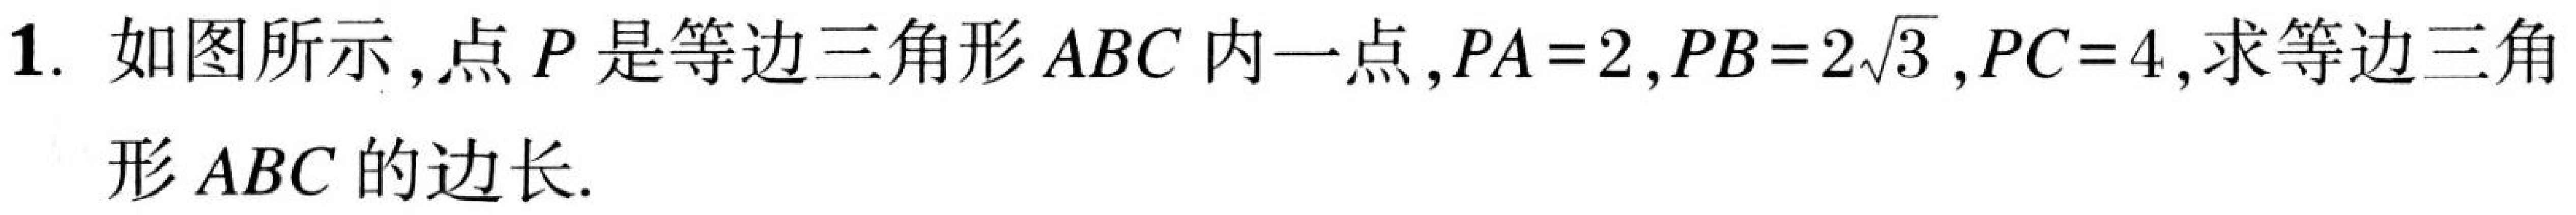
1. 如图所示,点\(P\)是等边三角形\(ABC\)内一点,\(PA = 2,PB = 2\sqrt{3},PC = 4\),求等边三角形\(ABC\)的边长.